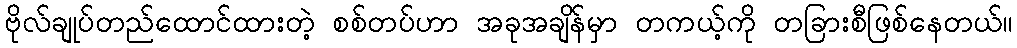
ဗိုလ်ချုပ်တည်ထောင်ထားတဲ့ စစ်တပ်ဟာ အခုအချိန်မှာ တကယ့်ကို တခြားစီဖြစ်နေတယ်။